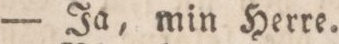
— Ja, min Herre.